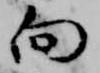
向